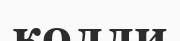
колли